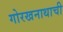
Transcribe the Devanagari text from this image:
गोरखनाथाची